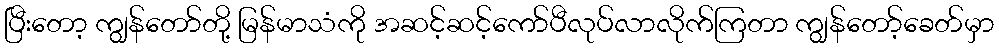
ပြီးတော့ ကျွန်တော်တို့ မြန်မာသံကို အဆင့်ဆင့်ကော်ပီလုပ်လာလိုက်ကြတာ ကျွန်တော့်ခေတ်မှာ